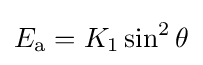
E_{\text{a}}=K_{1}\sin ^{2}\theta